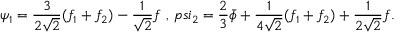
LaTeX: \psi _ { 1 } = \frac { 3 } { 2 \sqrt { 2 } } ( f _ { 1 } + f _ { 2 } ) - \frac { 1 } { \sqrt { 2 } } f \ , \, p s i _ { 2 } = \frac { 2 } { 3 } \bar { \phi } + \frac { 1 } { 4 \sqrt { 2 } } ( f _ { 1 } + f _ { 2 } ) + \frac { 1 } { 2 \sqrt { 2 } } f .